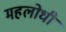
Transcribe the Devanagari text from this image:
महलोधी